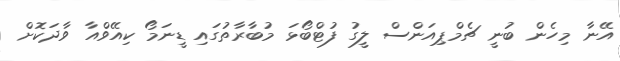
އޭނާ މިހެން ބުނީ ޗެމްޕިއަންސް ލީގު ފުޓްބޯޅަ މުބާރާތުގައި ޑީނަމޯ ކިއޭވްއާ ވާދަކޮށް